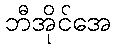
ဘီအိုင်အေ